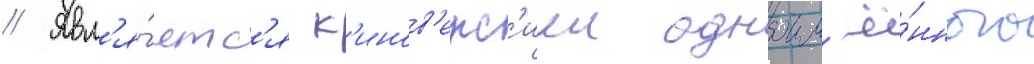
// Явл'я́етс'я к'инов'ерс'иеи одноим'ё́нного